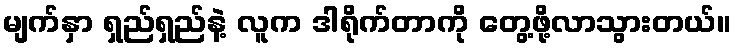
မျက်နှာ ရှည်ရှည်နဲ့ လူက ဒါရိုက်တာကို တွေ့ဖို့လာသွားတယ်။